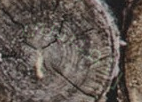
للمبتدئين